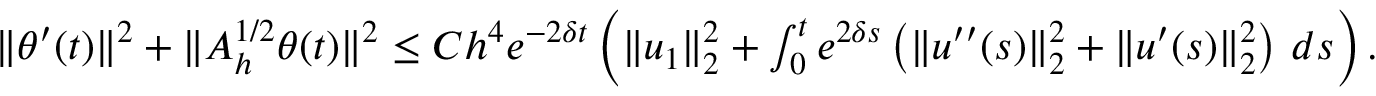
\begin{array} { r } { \| \theta ^ { \prime } ( t ) \| ^ { 2 } + \| A _ { h } ^ { 1 / 2 } \theta ( t ) \| ^ { 2 } \leq C h ^ { 4 } e ^ { - 2 \delta t } \left( \| u _ { 1 } \| _ { 2 } ^ { 2 } + \int _ { 0 } ^ { t } e ^ { 2 \delta s } \left( \| u ^ { \prime \prime } ( s ) \| _ { 2 } ^ { 2 } + \| u ^ { \prime } ( s ) \| _ { 2 } ^ { 2 } \right) \, d s \right) . } \end{array}